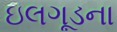
ઇલગૂડના